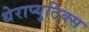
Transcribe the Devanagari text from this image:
थेराप्युटिक्स